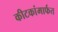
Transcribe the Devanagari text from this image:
कीटकांमार्फत